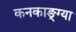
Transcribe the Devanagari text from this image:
कनकाङ्ग्या